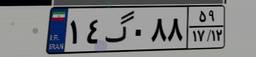
۱۴گ۰۸۸۵۹